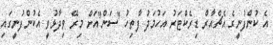
އެ ކުންފުނީގެ އެޗްއާރް ޑިރެކްޓަރު އަހުމަދު ފާތިހު "ސަން"އަށް މިރޭ ވިދާޅުވީ އެކުންފުނީގައި